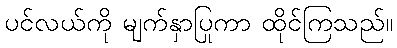
ပင်လယ်ကို မျက်နှာပြုကာ ထိုင်ကြသည်။